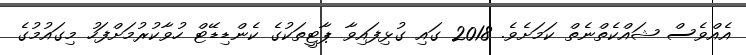
އެއްވެސް ޝައްކެތްނެތް ކަމަށެވެ. 2018 ގައި ގުޅިފައިވާ ޕާޓީތަކުގެ ކެންޑިޑޭޓް ހުވާކުރުމަށްފަހު މިގައުމުގެ